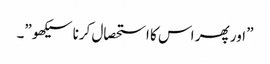
” اور پھر اس کا استحصال کرنا سیکھو”۔